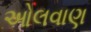
ઓલવાણ